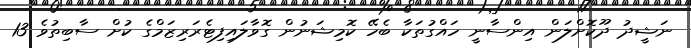
ނަޝީދު ދޫކޮށްލަން އިންސާނީ ހައްގުތަކާ ބެހޭ ކޮމިޝަނުން ގޮވާލައިފިޓެރަރިޒަމްގެ ކުށް ސާބިތުވެ 13